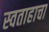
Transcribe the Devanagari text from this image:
स्वताहाचा